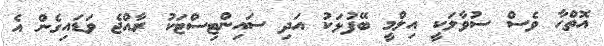
އޮތްހާ ވެސް ސުވާލަކީ އިލްމީ ބޭފުޅަކު އަދި ސައިންޓިސްޓަކު ރާއްޖެ ވަޑައިގެން އެ